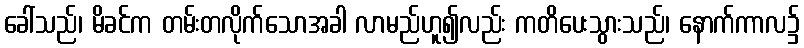
ခေါ်သည်၊ မိခင်က တမ်းတလိုက်သောအခါ လာမည်ဟူ၍လည်း ကတိပေးသွားသည်၊ နောက်ကာလ၌